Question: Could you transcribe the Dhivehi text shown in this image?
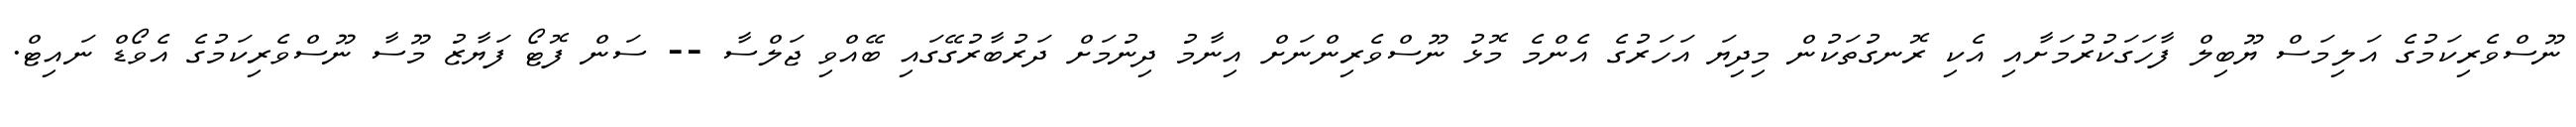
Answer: ނޫސްވެރިކަމުގެ އަލިމަސް ޔޫބިލް ފާހަގަކުރުމަށާއި އެކި ރޮނގުތަކުން މިދިޔަ އަހަރުގެ އެންމެ މޮޅު ނޫސްވެރިންނަށް އިނާމު ދިނުމަށް ދަރުބާރުގޭގައި ބޭއްވި ޖަލްސާ -- ސަން ފޮޓޯ ފަޔާޒު މޫސާ ނޫސްވެރިކަމުގެ އެވޯޑް ނައިޓް.